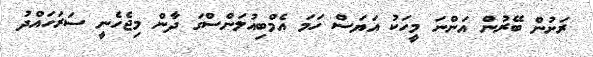
ރަށުން ބޭރުން އަންނަ މީހަކު އަޔަސް ހަމަ އެމްބިއުލަންސްގަ ދާން މިޖެހެނީ ސަރަހައްދު